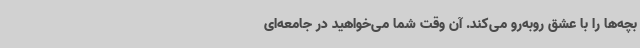
بچه‌ها را با عشق روبه‌رو می‌کند. آن وقت شما می‌خواهید در جامعه‌ای